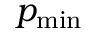
p _ { \mathrm { m i n } }